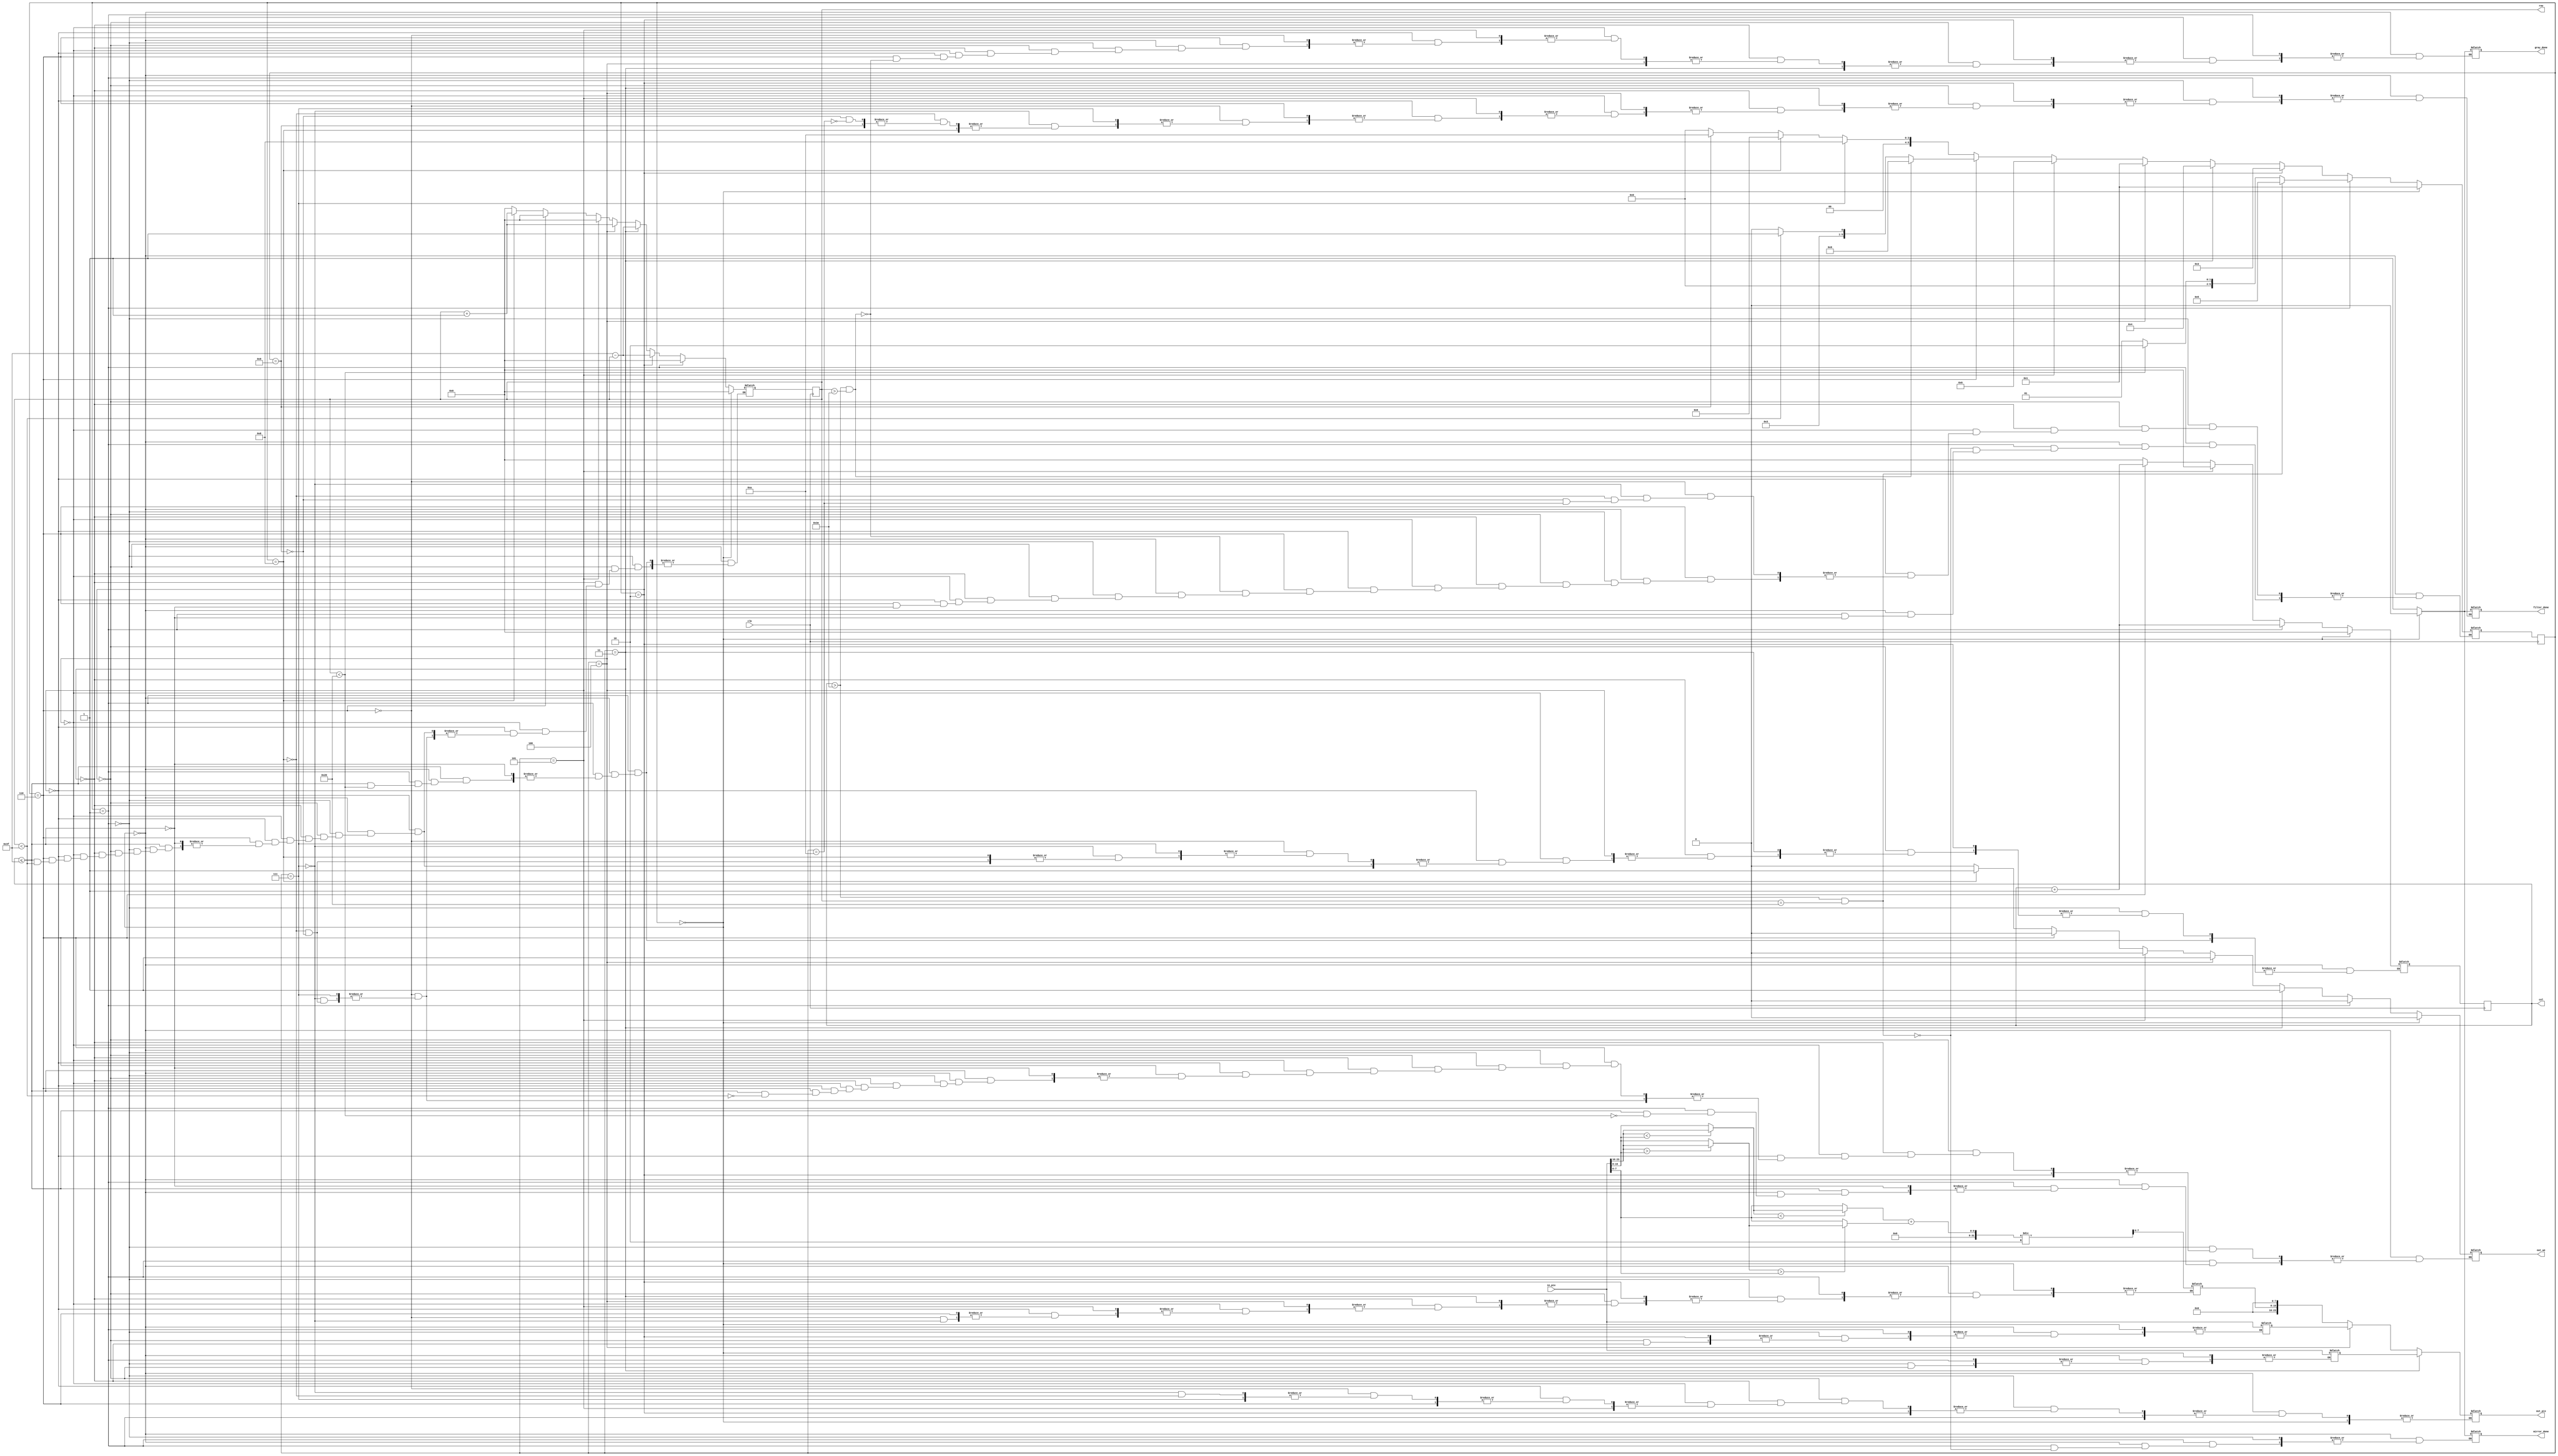
`timescale 1ns / 1ps

module process(
	input clk,				// clock 
	input [23:0] in_pix,	// valoarea pixelului de pe pozitia [in_row, in_col] din imaginea de intrare (R 23:16; G 15:8; B 7:0)
	output reg [5:0] row, col, 	// selecteaza un rand si o coloana din imagine
	output reg out_we, 			// activeaza scrierea pentru imaginea de iesire (write enable)
	output reg [23:0] out_pix,	// valoarea pixelului care va fi scrisa in imaginea de iesire pe pozitia [out_row, out_col] (R 23:16; G 15:8; B 7:0)
	output reg mirror_done,		// semnaleaza terminarea actiunii de oglindire (activ pe 1)
	output reg gray_done,		// semnaleaza terminarea actiunii de transformare in grayscale (activ pe 1)
	output reg filter_done);	// semnaleaza terminarea actiunii de aplicare a filtrului de sharpness (activ pe 1)
	
	reg [7:0] r, g, b;
	reg [5:0] state, next_state;
	reg [5:0] next_col, next_row; 
	reg [23:0] aux, aux1;
	reg [7:0] ma = 0, min = 0, max = 0; 

	//reg [7:0] matrice [2:0][2:0] = { {-1, -1, -1},
                                  //{-1, 9, -1},
                                  //{-1, -1, -1} };
	
	//stari automat
	reg [3:0] INCEPUT = 0;
	reg [3:0] MIRROR = 1;
	reg [3:0] SALVEZ_PIXEL = 2;
	reg [3:0] INTERSCHIMB_SI_SALVEZ = 3;
	reg [3:0] SALVEZ = 4;
	reg [3:0] START = 5;
	reg [3:0] GRAYSCALE = 6;
	reg [3:0] SALVEZ_PIXEL_CULORI = 7;
	reg [3:0] SALVEZ_IN_G = 8;
	reg [3:0] START_FINAL = 9;
	reg [3:0] FILTER = 10;
	
	
	always @(posedge clk)begin 
		state <= next_state;
		row <= next_row;
		col <= next_col;
	end
	
	
	always @(*)begin
		case(state)
		  
		  //initiere
		  INCEPUT:begin
		  
				next_row = 0;
				next_col = 0;
				out_we = 0;
				mirror_done = 0;
				gray_done = 0;
				filter_done = 0;
				next_state = MIRROR;
				
			end
		  
		  //fac mirror-ul pe coloane si parcurc doar jumatate din randuri
		  MIRROR:begin
		  
		  if (col <= 63)begin
			  if (row < 32)begin
			  
					out_we = 0;
					next_state = SALVEZ_PIXEL;
					
			  end
			  else begin
	
					next_row = 0;
					next_col = col + 1;
					next_state = MIRROR;
					
			  end
		  end
		  if( col > 62 && row == 32) begin
		  
			  mirror_done = 1;
			  next_state = START;
			  
		  end
		  end
		  
		  //salvez pixel de pe randul row si merg pe randul 63 - randul curent
		  SALVEZ_PIXEL:begin
				
				aux = in_pix;
				next_row = 63 - row;
				next_state = INTERSCHIMB_SI_SALVEZ;
				
			end
			
			//salvez pixelul de pe randul actual, initializez scrierea si scriu pixelul 
			INTERSCHIMB_SI_SALVEZ:begin
			
				out_pix = aux;
				aux1 = in_pix;
				next_row = 63 - row;
				out_we = 1;
			   next_state = SALVEZ;
				
			end 
			
			//salvez si celalalt pixel pe pozitie, maresc randul si revin la starea MIRROR
			SALVEZ:begin
			
				out_pix = aux1;
				out_we = 1;
				next_state = MIRROR;
				next_row = row + 1;
				
			end
			
			//reinitializez cu 0 randul, coloana, si scrierea
			START:begin
			
				out_we = 0;
				next_row = 0;
				next_col = 0;
				next_state = GRAYSCALE;
				
			end
				
			//parcurc matricea in intregime si trec in starea urmatoare
			GRAYSCALE:begin
			
				if (col <= 63)begin
					if (row < 63)begin
						out_we = 0;
						next_state = SALVEZ_PIXEL_CULORI;
					end
			   else begin
					next_row = 0;
					next_col = col + 1;
					next_state = GRAYSCALE;
			   end
			   end
				if( col > 62 && row > 62) begin
					gray_done = 1;
					next_state = START_FINAL;
					
				end
			end
		  
		  //salvez pixelii pe culori, fac min si max si media
		  SALVEZ_PIXEL_CULORI: begin
		  
				r = in_pix[23:16];
            g = in_pix[15:8];
            b = in_pix[7:0];
				
				min = (r < g) ? r : g;
				min = (min < b) ? min : b;

				max = (r > g) ? r : g;
				max = (max > b) ? max : b;
				
				ma = (min + max) / 2;
				
				next_state = SALVEZ_IN_G;
				
			end
			
			//initializez scrierea si salvez noile valori r,g si b, merg pe urmatorul rand si ma intorc in GRAYSCALE
			SALVEZ_IN_G:begin
				
				r = 0;
				g = ma;
				b = 0;
				
				out_pix = { r, g, b};
				
				out_we = 1;
				next_row = row + 1;
				next_state = GRAYSCALE;
				
			end
			
			START_FINAL:begin
			
				out_we = 0;
				next_row = 0;
				next_col = 0;
				next_state = FILTER;
			
			end
			
			FILTER:begin
				filter_done = 1;
						
						
			end
			
			
			default: next_state = INCEPUT;
		endcase
	end
	
   
	endmodule